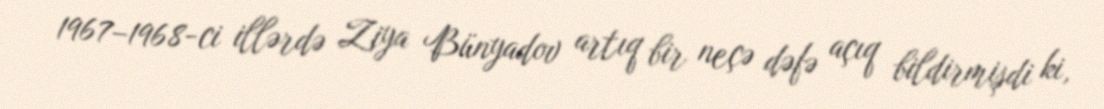
1967–1968-ci illərdə Ziya Bünyadov artıq bir neçə dəfə açıq bildirmişdi ki,